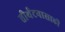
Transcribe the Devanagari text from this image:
तीर्थटनासाठी